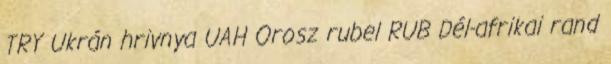
TRY Ukrán hrivnya UAH Orosz rubel RUB Dél-afrikai rand